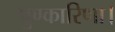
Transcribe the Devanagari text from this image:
पुण्कारिणा।